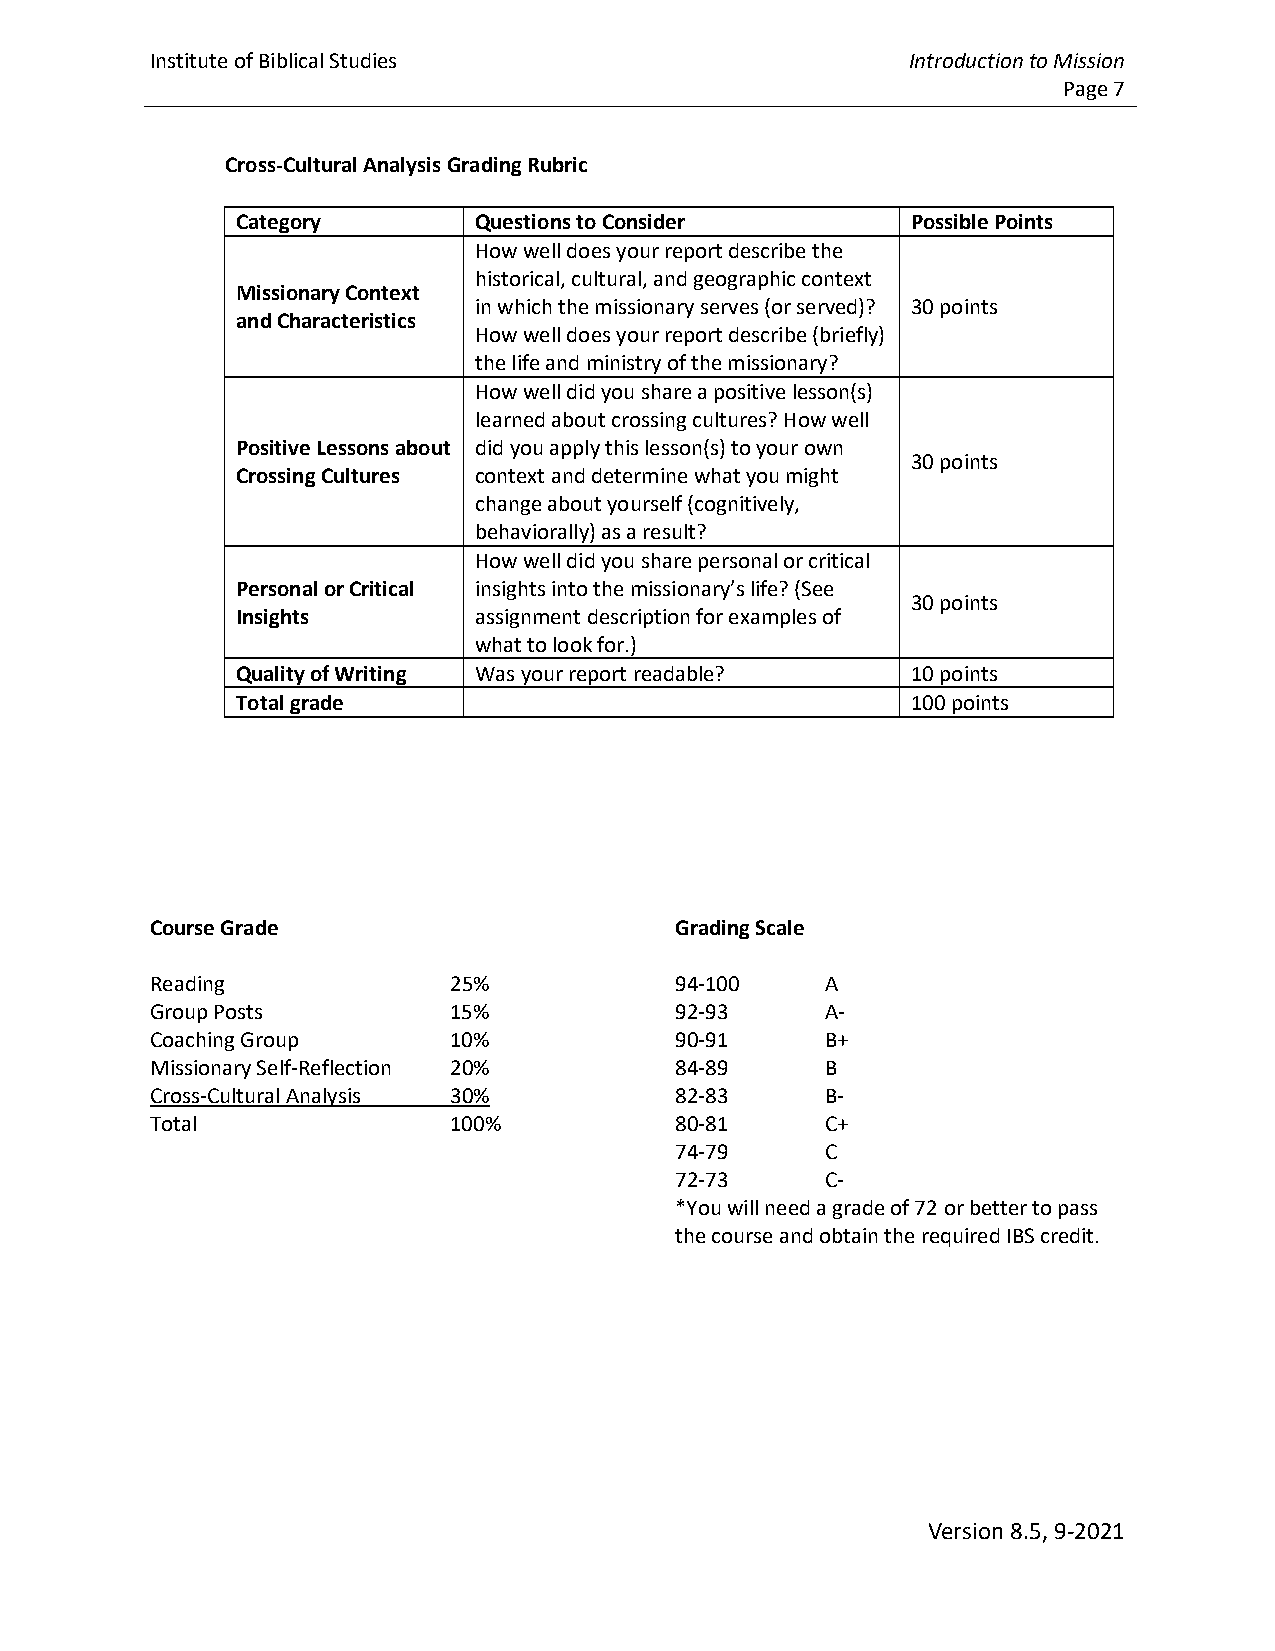
Institute of Biblical Studies                     Introduction to Mission
 Page 7
 Cross-Cultural Analysis Grading Rubric
 Category       Questions to Consider        Possible Points
 How well does your report describe the
 historical, cultural, and geographic context
 Missionary Context
 in which the missionary serves (or served)? 30 points
 and Characteristics
 How well does your report describe (briefly)
 the life and ministry of the missionary?
 How well did you share a positive lesson(s)
 learned about crossing cultures? How well
 Positive Lessons about did you apply this lesson(s) to your own
 30 points
 Crossing Cultures context and determine what you might
 change about yourself (cognitively,
 behaviorally) as a result?
 How well did you share personal or critical
 Personal or Critical insights into the missionary’s life? (See
 30 points
 Insights       assignment description for examples of
 what to look for.)
 Quality of Writing Was your report readable? 10 points
 Total grade                                 100 points
 Course Grade                       Grading Scale
 Reading             25%            94-100    A
 Group Posts         15%            92-93     A-
 Coaching Group      10%            90-91     B+
 Missionary Self-Reflection 20%     84-89     B
 Cross-Cultural Analysis 30%        82-83     B-
 Total               100%           80-81     C+
 74-79     C
 72-73     C-
 *You will need a grade of 72 or better to pass
 the course and obtain the required IBS credit.
 Version 8.5, 9-2021